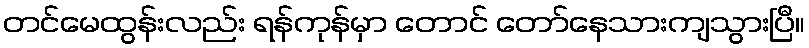
တင်မေထွန်းလည်း ရန်ကုန်မှာ တောင် တော်နေသားကျသွားပြီ။